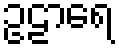
ဥဠာရေ